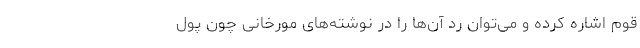
قوم اشاره کرده و می‌توان رد آن‌ها را در نوشته‌های مورخانی چون پول